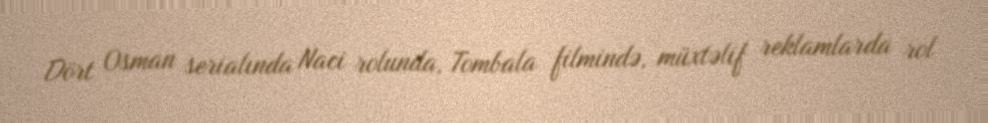
Dört Osman serialında Naci rolunda, Tombala filmində, müxtəlif reklamlarda rol